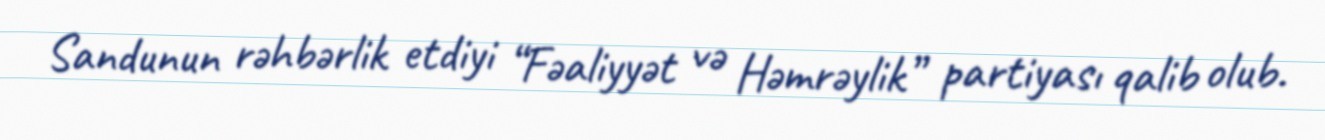
Sandunun rəhbərlik etdiyi “Fəaliyyət və Həmrəylik” partiyası qalib olub.